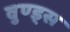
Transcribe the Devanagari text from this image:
वुण्ड्स